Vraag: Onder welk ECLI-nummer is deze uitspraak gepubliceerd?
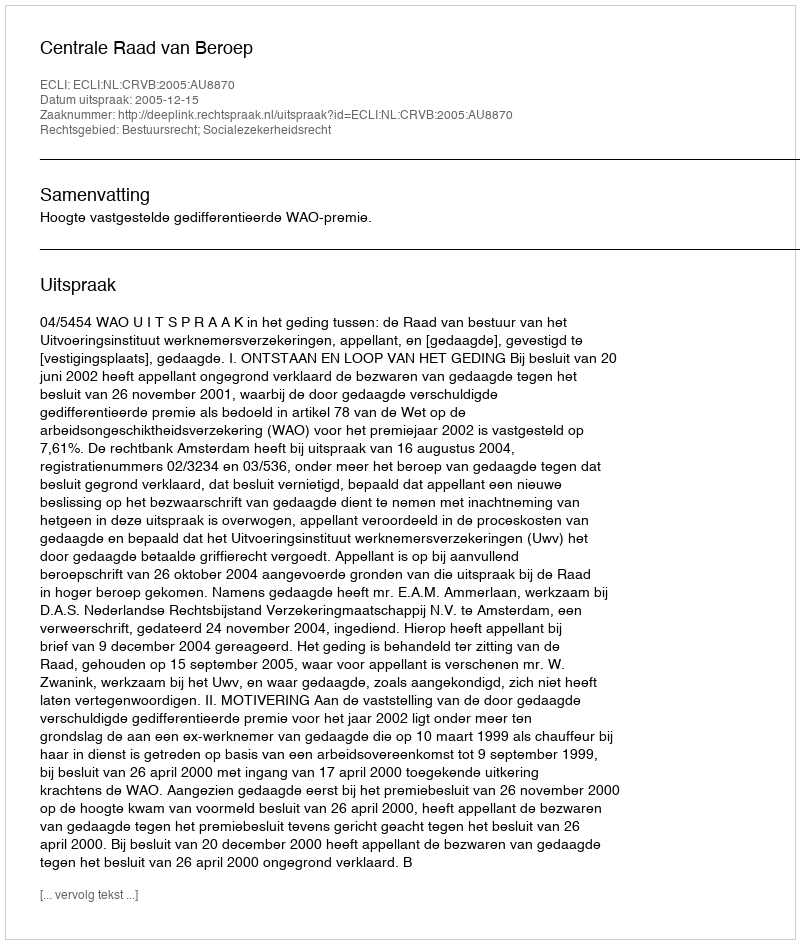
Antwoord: ECLI:NL:CRVB:2005:AU8870